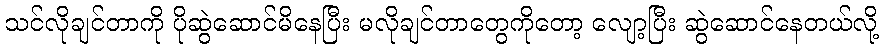
သင်လိုချင်တာကို ပိုဆွဲဆောင်မိနေပြီး မလိုချင်တာတွေကိုတော့ လျော့ပြီး ဆွဲဆောင်နေတယ်လို့